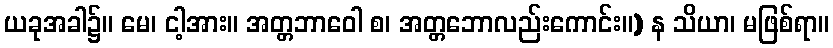
ယခုအခါ၌။ မေ၊ ငါ့အား။ အတ္တဘာဝေါ စ၊ အတ္တဘောလည်းကောင်း။) န သိယာ၊ မဖြစ်ရာ။